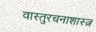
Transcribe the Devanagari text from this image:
वास्तुरचनाशास्त्न